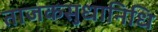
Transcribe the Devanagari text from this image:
ताजकसुधानिधि